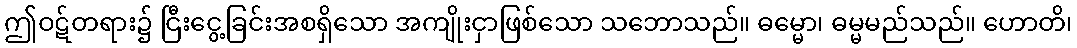
ဤဝဋ်တရား၌ ငြီးငွေ့ခြင်းအစရှိသော အကျိုးငှာဖြစ်သော သဘောသည်။ ဓမ္မော၊ ဓမ္မမည်သည်။ ဟောတိ၊